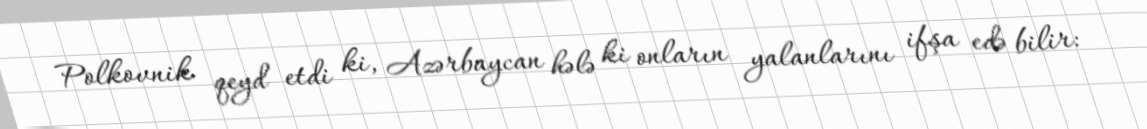
Polkovnik qeyd etdi ki, Azərbaycan hələ ki onların yalanlarını ifşa edə bilir: